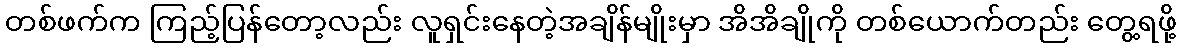
တစ်ဖက်က ကြည့်ပြန်တော့လည်း လူရှင်းနေတဲ့အချိန်မျိုးမှာ အိအိချိုကို တစ်ယောက်တည်း တွေ့ရဖို့